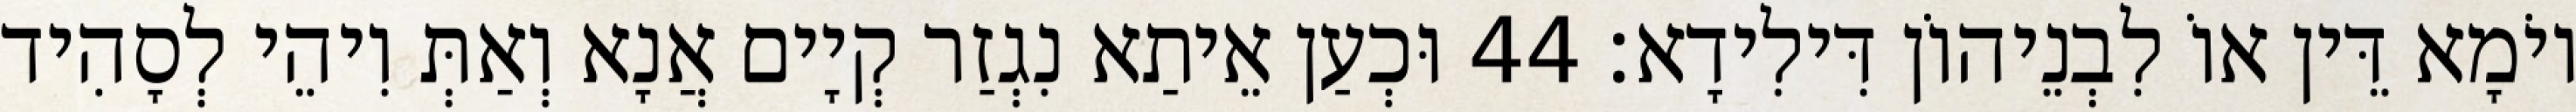
יוֹמָא דֵּין אוֹ לִבְנֵיהוֹן דִּילִידָא׃ 44 וּכְעַן אֵיתַא נִגְזַר קְיָים אֲנָא וְאַתְּ וִיהֵי לְסָהִיד